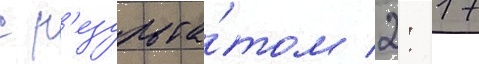
с р'езульта́том 2: 17